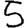
Digit: 5